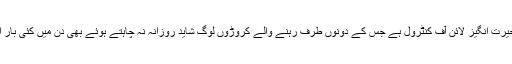
غربت کی یہ ایک ایسی حیرت انگیز لائن آف کنٹرول ہے جس کے دونوں طرف رہنے والے کروڑوں لوگ شاید روزانہ نہ چاہتے ہوئے بھی دن میں کئی بار اسے پار کرتے ہوں گے۔